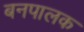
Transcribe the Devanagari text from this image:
बनपालक